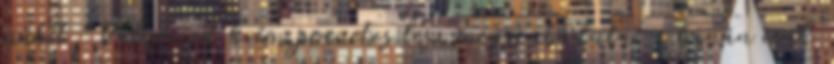
műtét, Valgomed krém juanetes lesz megszabadulni a banán csak